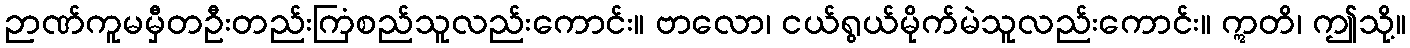
ဉာဏ်ကူမမှီတဦးတည်းကြံစည်သူလည်းကောင်း။ ဗာလော၊ ငယ်ရွယ်မိုက်မဲသူလည်းကောင်း။ ဣတိ၊ ဤသို့။